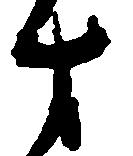
十